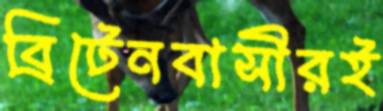
ব্রিটেনবাসীরই